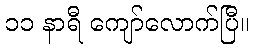
၁၁ နာရီ ကျော်လောက်ပြီ။